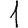
Digit: 1